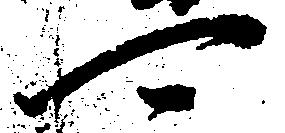
可